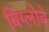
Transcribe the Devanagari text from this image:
बिग्लोबे